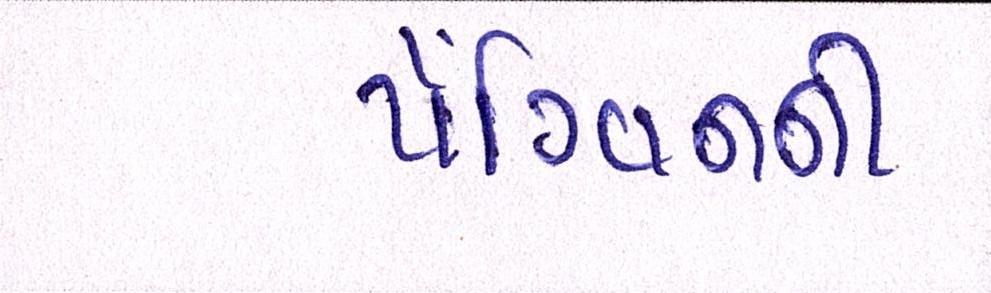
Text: પૅંગ્વિનની